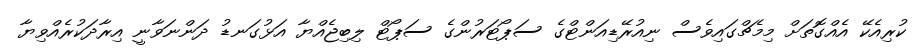
ކުރިއެކޭ އެއްގޮތަށް މިމެޗްގައިވެސް ނިއުރޭޑިއަންޓްގެ ސަޕޯޓަރުންގެ ސަޕޯޓް ލިބިޖެއްޔާ އަޅުގަނޑު ދަންނަވާނީ އިރާދަކުރެއްވިޔާ